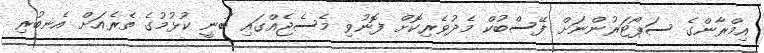
އިމްރާންގެ ސަޕޯޓަރުންނަށް ފޭސްބުކް މެދުވެރިކޮށް ފޮނުވި މެސެޖެއްގައި ބުނީ ކުޅުމުގެ ތެރެއަށް އެނބުރި